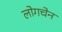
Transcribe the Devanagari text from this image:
लोगचेन